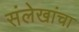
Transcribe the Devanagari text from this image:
संलेखांचा